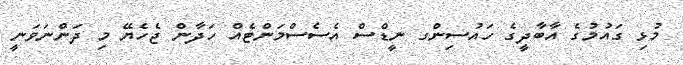
މުޅި ގައުމުގެ އާބާދީގެ ހައުސިންގ ނީޑްސް އެސެސްމަންޓެއް ހަދާން ޖެހެޔޭ މި ދަންނަވަނީ